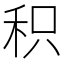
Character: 积